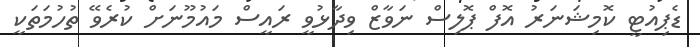
ޑެޕިއުޓީ ކޮމިޝަނަރު އޮފް ޕޮލިސް ނަވާޒް ވިދާޅުވީ ރައީސް މައުމޫނަށް ކުރެވޭ ތުހުމަތަކީ